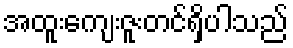
အထူးကျေးဇူးတင်ရှိပါသည်